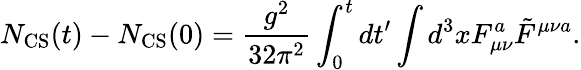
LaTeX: N_{\mathrm{CS}}(t)-N_{\mathrm{CS}}(0)=\frac{g^{2}}{32\pi^{2}}\int_{0}^{t}dt^{\prime}\int d^{3}xF_{\mu\nu}^{a}\tilde{F}^{\mu\nu a}.